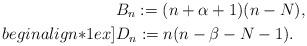
LaTeX: \begin{align*}& B_n := (n+\alpha+1)(n-N),\\begin{align*}1ex]& D_n := n(n-\beta-N-1).\end{align*}